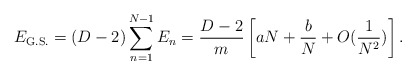
\begin{align*}E_{\rm G.S.} = (D-2)\sum_{n=1}^{N-1}E_n = {D-2\over m}\left[aN + {b\over N} + O({1\over N^2})\right].\end{align*}